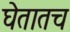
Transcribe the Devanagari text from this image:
घेतातच